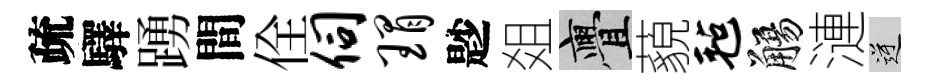
疏驛踴間佺伺瑁尟爼亹藐毡觴漣逆